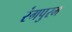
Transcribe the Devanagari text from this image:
रंगपुरम